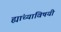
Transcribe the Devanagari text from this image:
ह्यांच्याविषयी